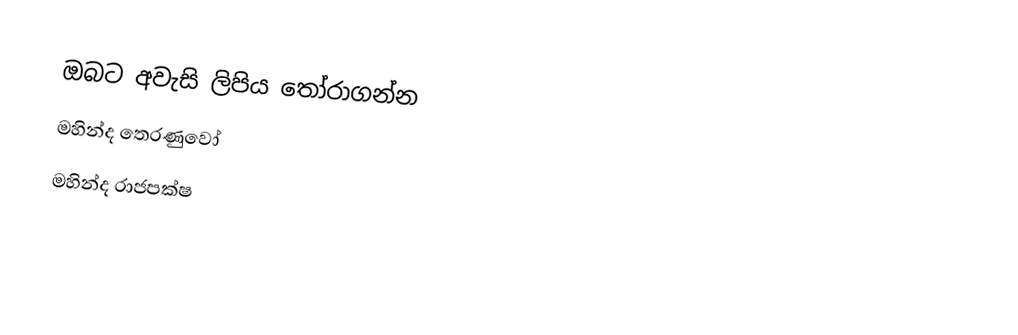
ඔබට අවැසි ලිපිය තෝරාගන්න
 මහින්ද තෙරණුවෝ
 මහින්ද රාජපක්ෂ